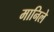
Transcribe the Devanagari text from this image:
मानिले